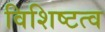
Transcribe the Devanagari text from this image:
विशिष्टत्व